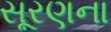
સૂરણના